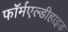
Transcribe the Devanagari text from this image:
फॉर्मएल्डीहाइड